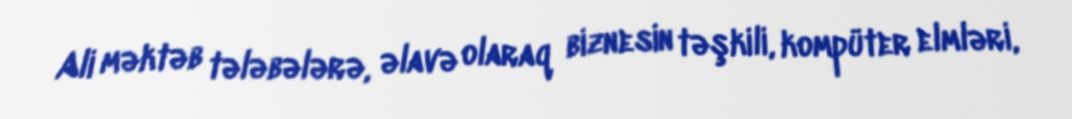
Ali məktəb tələbələrə, əlavə olaraq biznesin təşkili, kompüter elmləri,